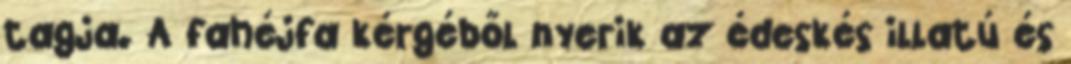
tagja. A fahéjfa kérgéből nyerik az édeskés illatú és